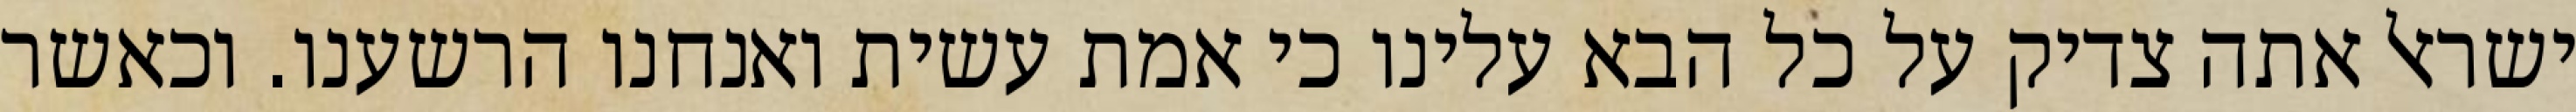
ישראל אתה צדיק על כל הבא עלינו כי אמת עשית ואנחנו הרשענו. וכאשר